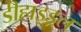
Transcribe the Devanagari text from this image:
डीहाइड्रल